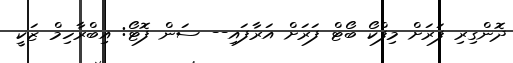
ދޮންގިރި ފަރަށް މިފްކޯ ބޯޓް ފަރަށް އަރާފައި-- ސަން ފޮޓޯ: އިބްރާހިމް ޒަކީ